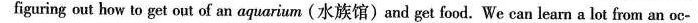
figuring out how to get out of an aquarium (水族馆)and get food. We can learn a lot from an oc-